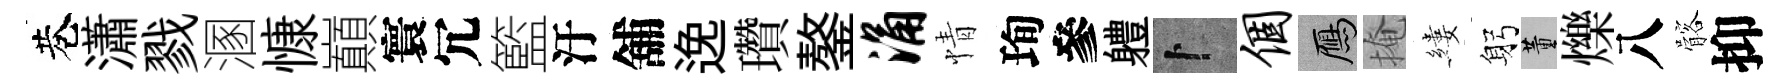
巷瀟戮溷慷巔寰冗籃汙舖𨓜瓚鏊涌情珣參軆卜个鴈掩縷躬董爍八髂抑